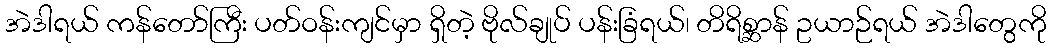
အဲဒါရယ် ကန်တော်ကြီး ပတ်ဝန်းကျင်မှာ ရှိတဲ့ ဗိုလ်ချုပ် ပန်းခြံရယ်၊ တိရိစ္ဆာန် ဥယာဉ်ရယ် အဲဒါတွေကို